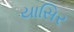
યાસિર